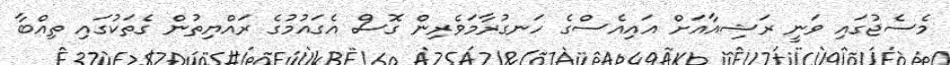
މެސެޖުގައި ވަނީ ރަޝިއާއަށް އައިއެސްގެ ހަނގުރާމަވެރިން ގޮސް އެގައުމުގެ ރައްޔިތުން ގެތަކުގައި ތިއްބާ